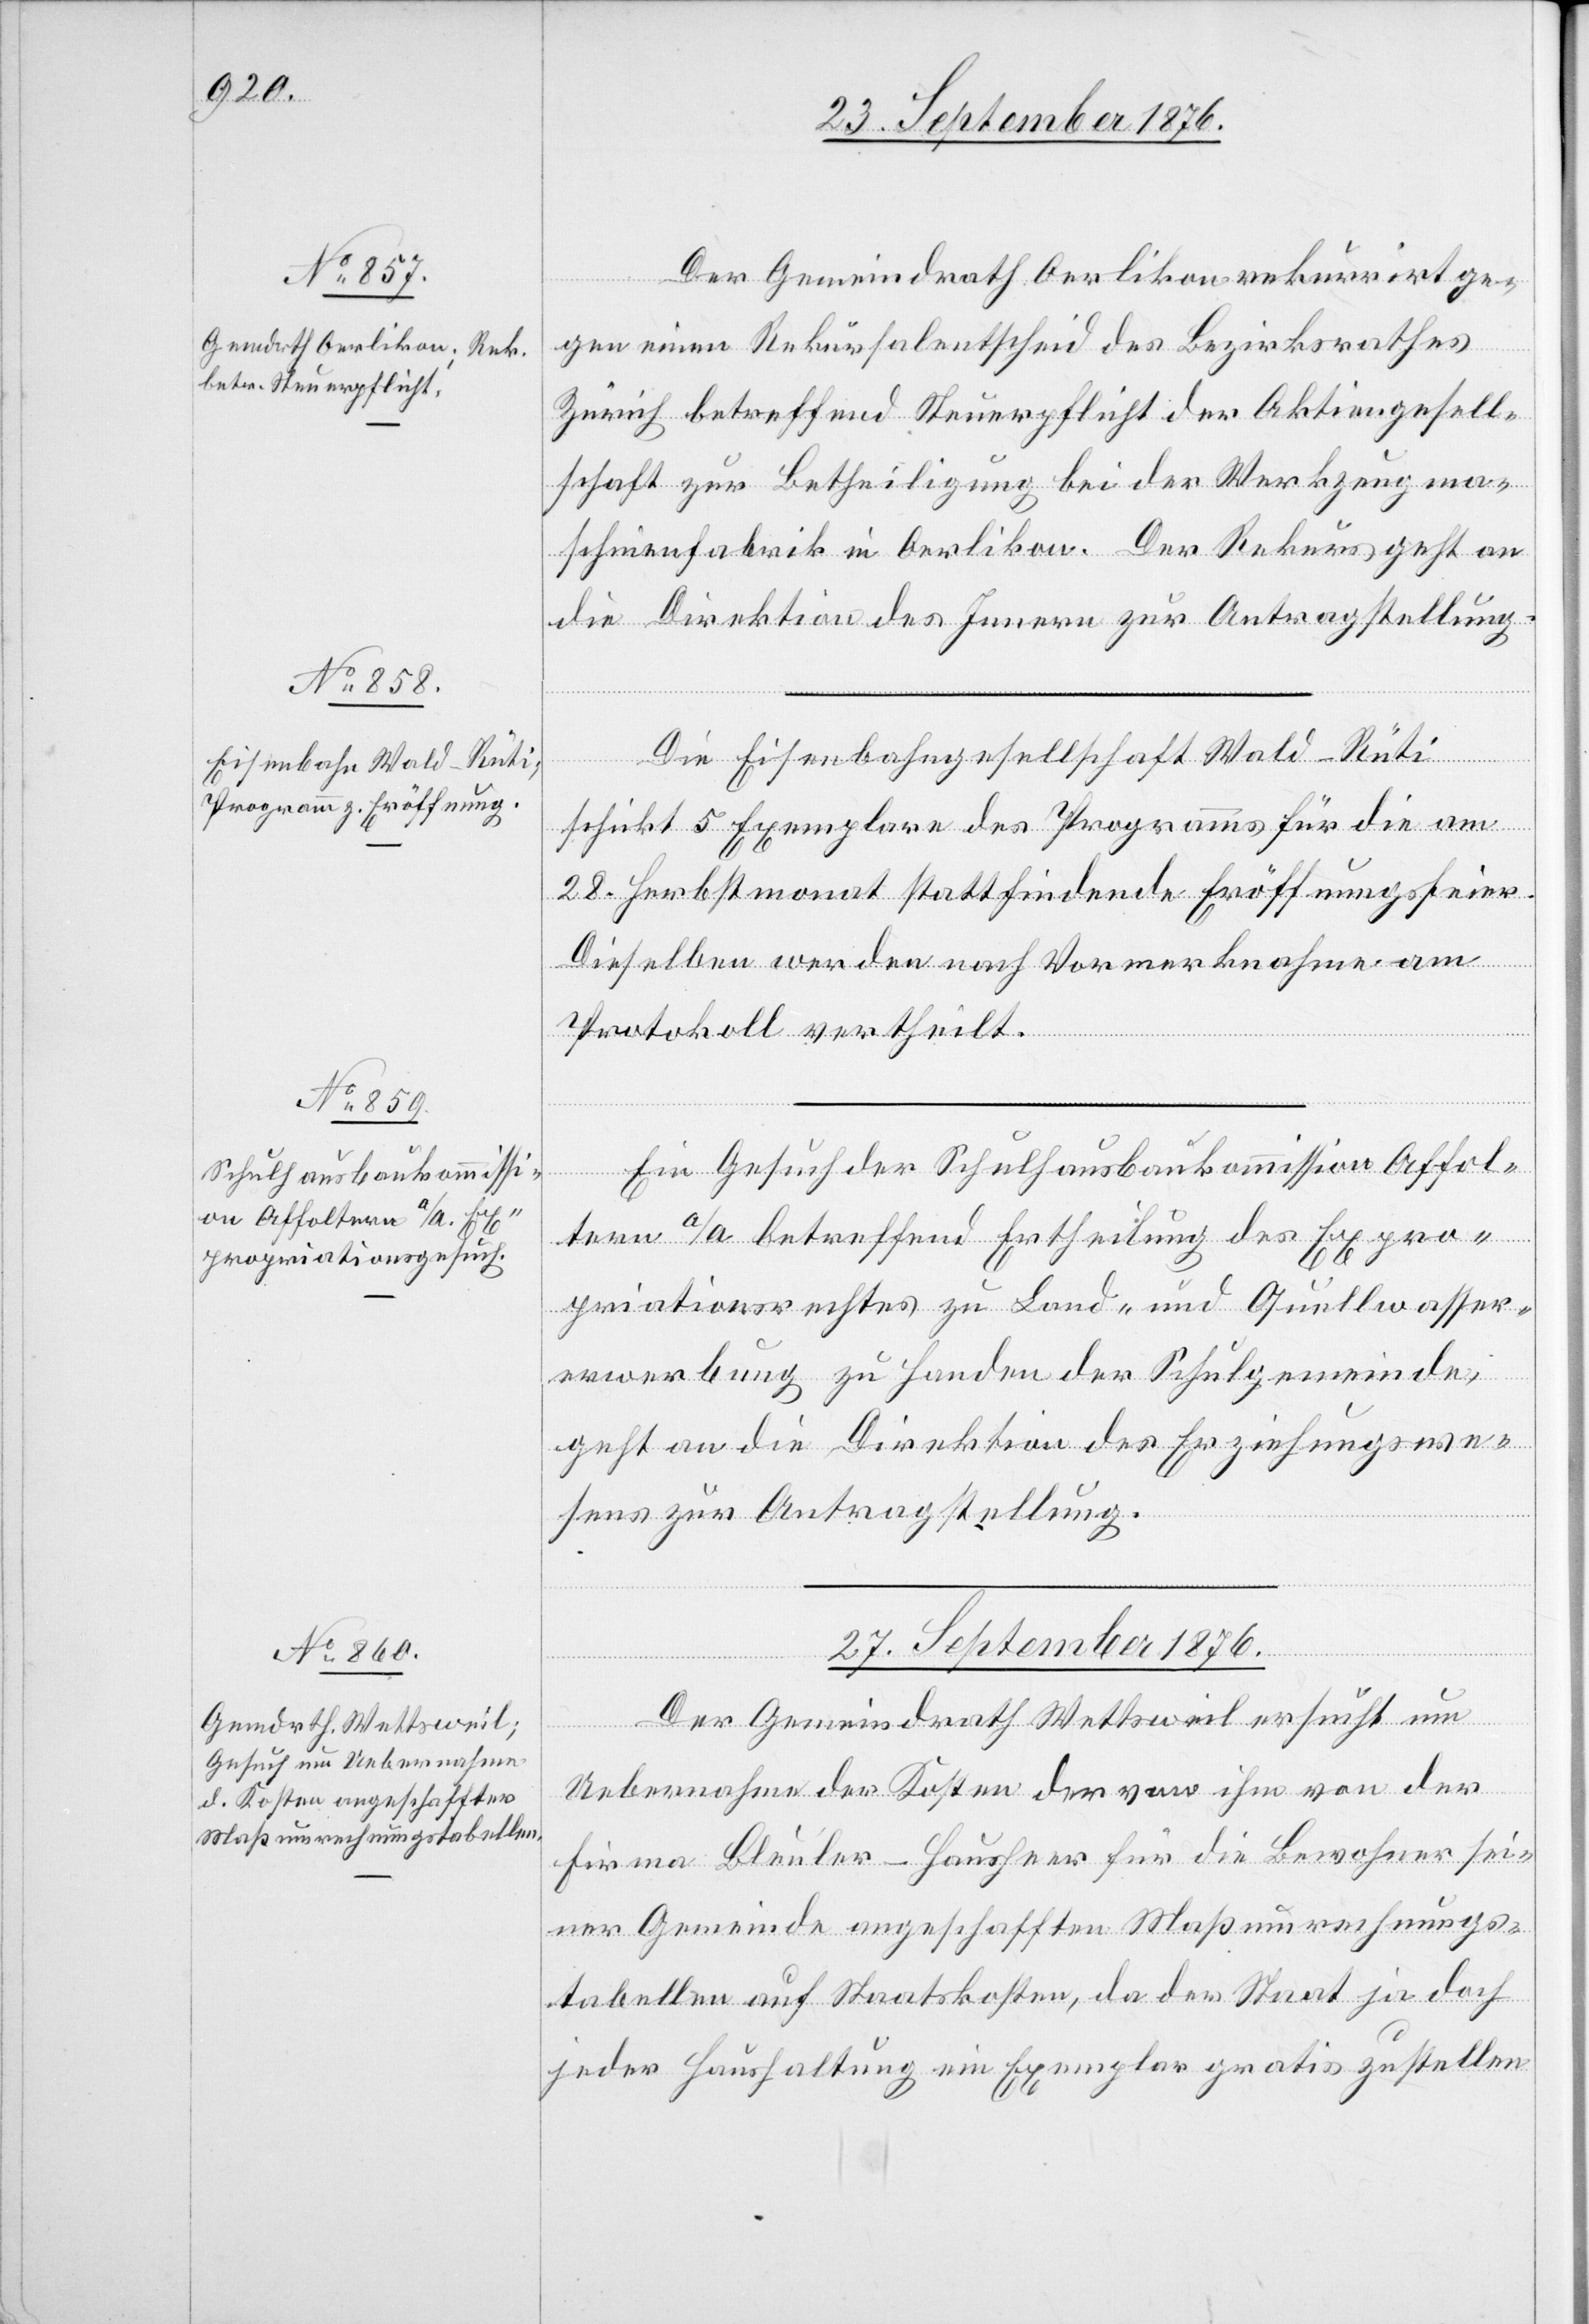
25. September 1876.]
Der Gemeindrath Oerlikon rekurrirt ge¬
gen einen Rekursalentscheid des Bezirksrathes
Zürich betreffend Steuerpflicht der Aktiengesell¬
schaft zur Betheiligung bei der Werkzeugma¬
schinenfabrik in Oerlikon. Der Rekurs geht an
die Direktion des Innern zur Antragstellung.
Die Eisenbahngesellschaft Wald–Rüti
schickt 5 Exemplare des Programms für die am
28. Herbstmonat stattfindende Eröffnungsfeier.
Dieselben werden nach Vormerknahme am
Protokoll ertheilt.
Ein Gesuch der Schulhausbaukommission Affol¬
tern s/A. betreffend Ertheilung des Expro¬
priationsrechtes zu Land- und Quellwasser¬
erwerbung zu Handen der Schulgemeinde,
geht an die Direktion des Erziehungswe¬
sens zur Antragstellung.
27. September 1876.
Der Gemeindrath Wettsweil ersucht um
Uebernahme der Kosten der von ihm von der
Firma Bleuler-Hausheer für die Bewohner sei¬
ner Gemeinde angeschafften Maßumrechnungs¬
tabellen auf Staatskosten, da der Staat ja doch
jeder Haushaltung ein Exemplar gratis zustellen